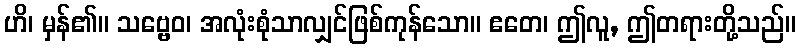
ဟိ၊ မှန်၏။ သဗ္ဗေဝ၊ အလုံးစုံသာလျှင်ဖြစ်ကုန်သော။ ဧတေ၊ ဤလူ, ဤတရားတို့သည်။